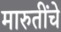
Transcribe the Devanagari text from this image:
मारुतींचे